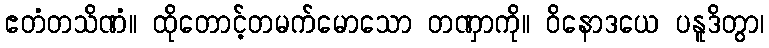
ဧတံတသိဏံ။ ထိုတောင့်တမက်မောသော တဏှာကို။ ဝိနောဒယေ ပနူဒိတွာ၊